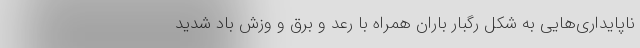
ناپایداری‌هایی به شکل رگبار باران همراه با رعد و برق و وزش باد شدید